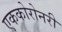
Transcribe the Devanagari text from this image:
एककोरोनरी